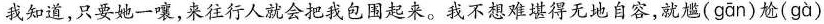
我知道，只要她一嚷，来往行人就会把我包田起来。我不想难堪得无法自容，就尴( gan )尬( ga )